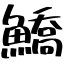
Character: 鱎